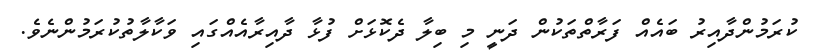
ކުރަމުންދާއިރު ބައެއް ފަރާތްތަކުން ދަނީ މި ބިލާ ދެކޮޅަށް ފުޅާ ދާއިރާއެއްގައި ވަކާލާތުކުރަމުންނެވެ.